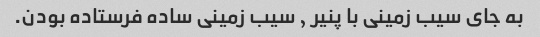
به جای سیب زمینی با پنیر , سیب زمینی ساده فرستاده بودن.